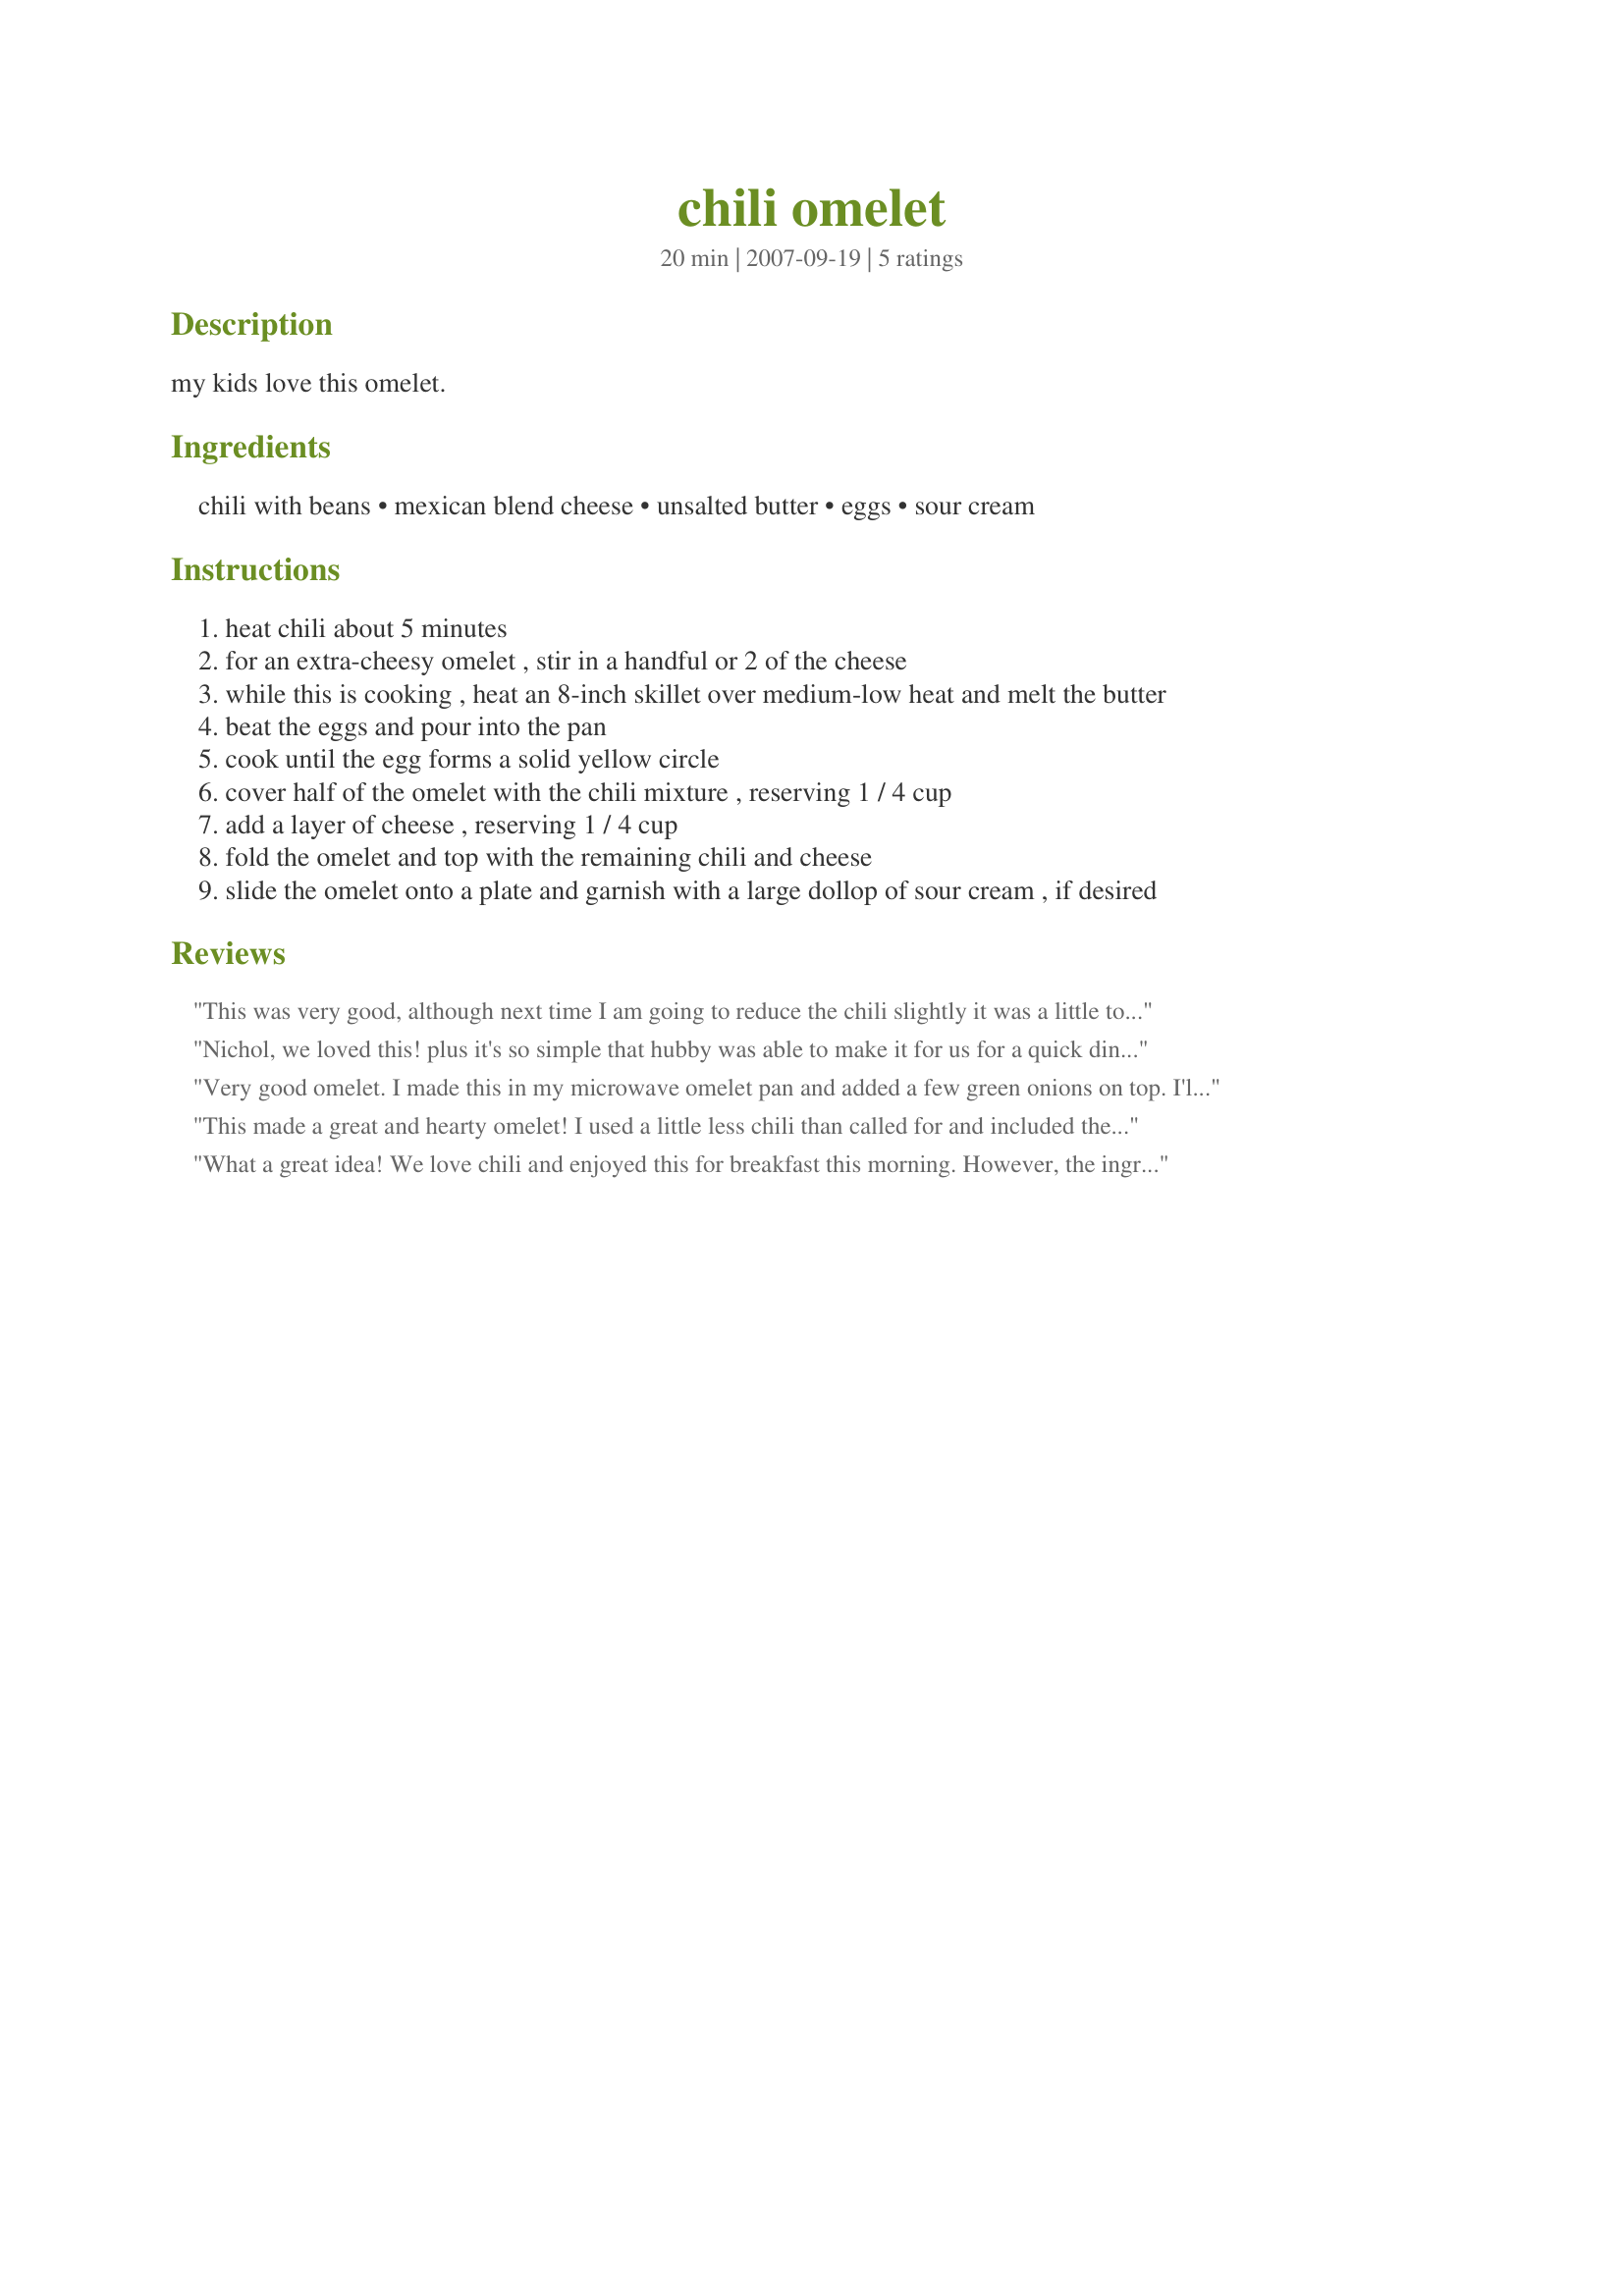
chili omelet
Preparation time: 20 minutes

my kids love this omelet.

Ingredients:
chili with beans, mexican blend cheese, unsalted butter, eggs, sour cream

Steps:
heat chili about 5 minutes
for an extra-cheesy omelet , stir in a handful or 2 of the cheese
while this is cooking , heat an 8-inch skillet over medium-low heat and melt the butter
beat the eggs and pour into the pan
cook until the egg forms a solid yellow circle
cover half of the omelet with the chili mixture , reserving 1 / 4 cup
add a layer of cheese , reserving 1 / 4 cup
fold the omelet and top with the remaining chili and cheese
slide the omelet onto a plate and garnish with a large dollop of sour cream , if desired

Reviews:
This was very good, although next time I am going to reduce the chili slightly it was a little too much for our tastes, I also added in 1/4 teaspoon baking powder to make the eggs fluffier, my DH enjoyed this for a Saturday brunch, thanks for sharing hon!...Kitten :)
Nichol, we loved this! plus it's so simple that hubby was able to make it for us for a quick dinner. he doesn't have much patience in the kitchen and I've got a broken elbow, so this recipe saved the day. thanks for posting. made for bevy tag, please see my rating system.
Very good omelet. I made this in my microwave omelet pan and added a few green onions on top. I'll bet that some chopped tomato would be good on this too. Thanks bmcnichol for a great lunch.
This made a great and hearty omelet! I used a little less chili than called for and included the optional sour cream. Had this as "breakfast for dinner" and we all enjoyed it - thanks for sharing!
What a great idea! We love chili and enjoyed this for breakfast this morning. However, the ingredient amounts seemed pretty far off to me - too much chili & cheese for not enough eggs. I made a 4-egg omelet in a 10" pan and still couldn't reasonably use up all the chili & cheese. The inside was as full as I could get it, and I smothered the outside with more chili & cheese when I served it up - and we still had a spoonful of chili and about a third of the cheese left over. So I think the amount of chili & cheese might work better for 2 3-egg omelets or a similar amount of eggs.
